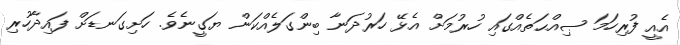
އެއީ ފުރިހަމަ ޞިއްޙަތެއްގައި ހުރުމަށް އެޅޭ ހަރުދަނާ ބިންގަލެއްކަން ޔަގީނެވެ. ހަށިގަނޑަށް ފައިދާހުރި